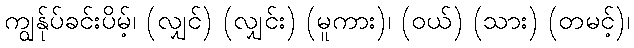
ကျွန်ုပ်ခင်းပိမ့်၊ (လျှင်) (လျှင်း) (မူကား)၊ (ဝယ်) (သား) (တမင့်)၊